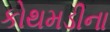
કોથમડીના